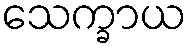
သေက္ခာယ